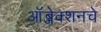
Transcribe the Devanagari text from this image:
ऑब्जेक्शनचे